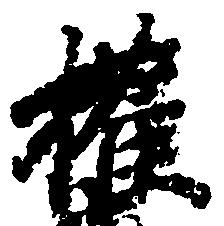
権